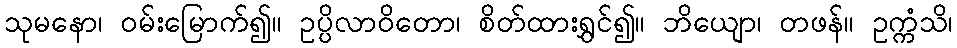
သုမနော၊ ဝမ်းမြောက်၍။ ဥပ္ပိလာဝိတော၊ စိတ်ထားရွှင်၍။ ဘိယျော၊ တဖန်။ ဥက္ကံသိ၊